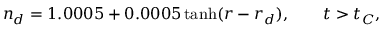
n _ { d } = 1 . 0 0 0 5 + 0 . 0 0 0 5 \operatorname { t a n h } ( r - r _ { d } ) , \qquad t > t _ { C } ,